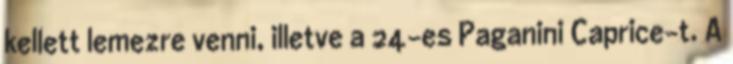
kellett lemezre venni, illetve a 24-es Paganini Caprice-t. A